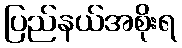
ပြည်နယ်အစိုးရ